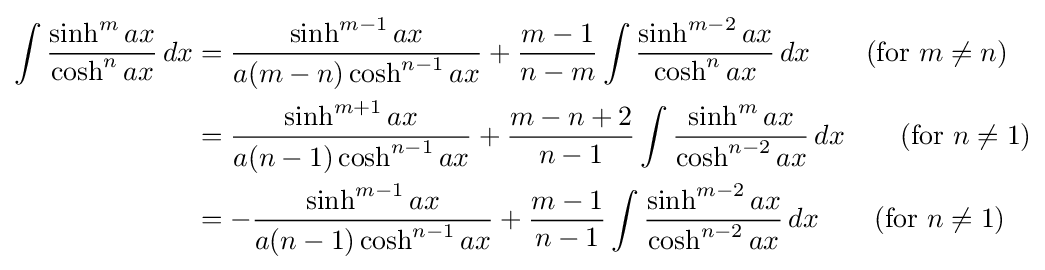
{\begin{aligned}\int {\frac {\sinh ^{m}ax}{\cosh ^{n}ax}}\,dx&={\frac {\sinh ^{m-1}ax}{a(m-n)\cosh ^{n-1}ax}}+{\frac {m-1}{n-m}}\int {\frac {\sinh ^{m-2}ax}{\cosh ^{n}ax}}\,dx\qquad {\mbox{(for }}m\neq n{\mbox{)}}\\&={\frac {\sinh ^{m+1}ax}{a(n-1)\cosh ^{n-1}ax}}+{\frac {m-n+2}{n-1}}\int {\frac {\sinh ^{m}ax}{\cosh ^{n-2}ax}}\,dx\qquad {\mbox{(for }}n\neq 1{\mbox{)}}\\&=-{\frac {\sinh ^{m-1}ax}{a(n-1)\cosh ^{n-1}ax}}+{\frac {m-1}{n-1}}\int {\frac {\sinh ^{m-2}ax}{\cosh ^{n-2}ax}}\,dx\qquad {\mbox{(for }}n\neq 1{\mbox{)}}\end{aligned}}